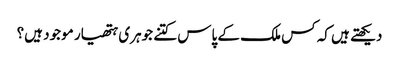
دیکھتے ہیں کہ کس ملک کے پاس کتنے جوہری ہتھیار موجود ہیں؟